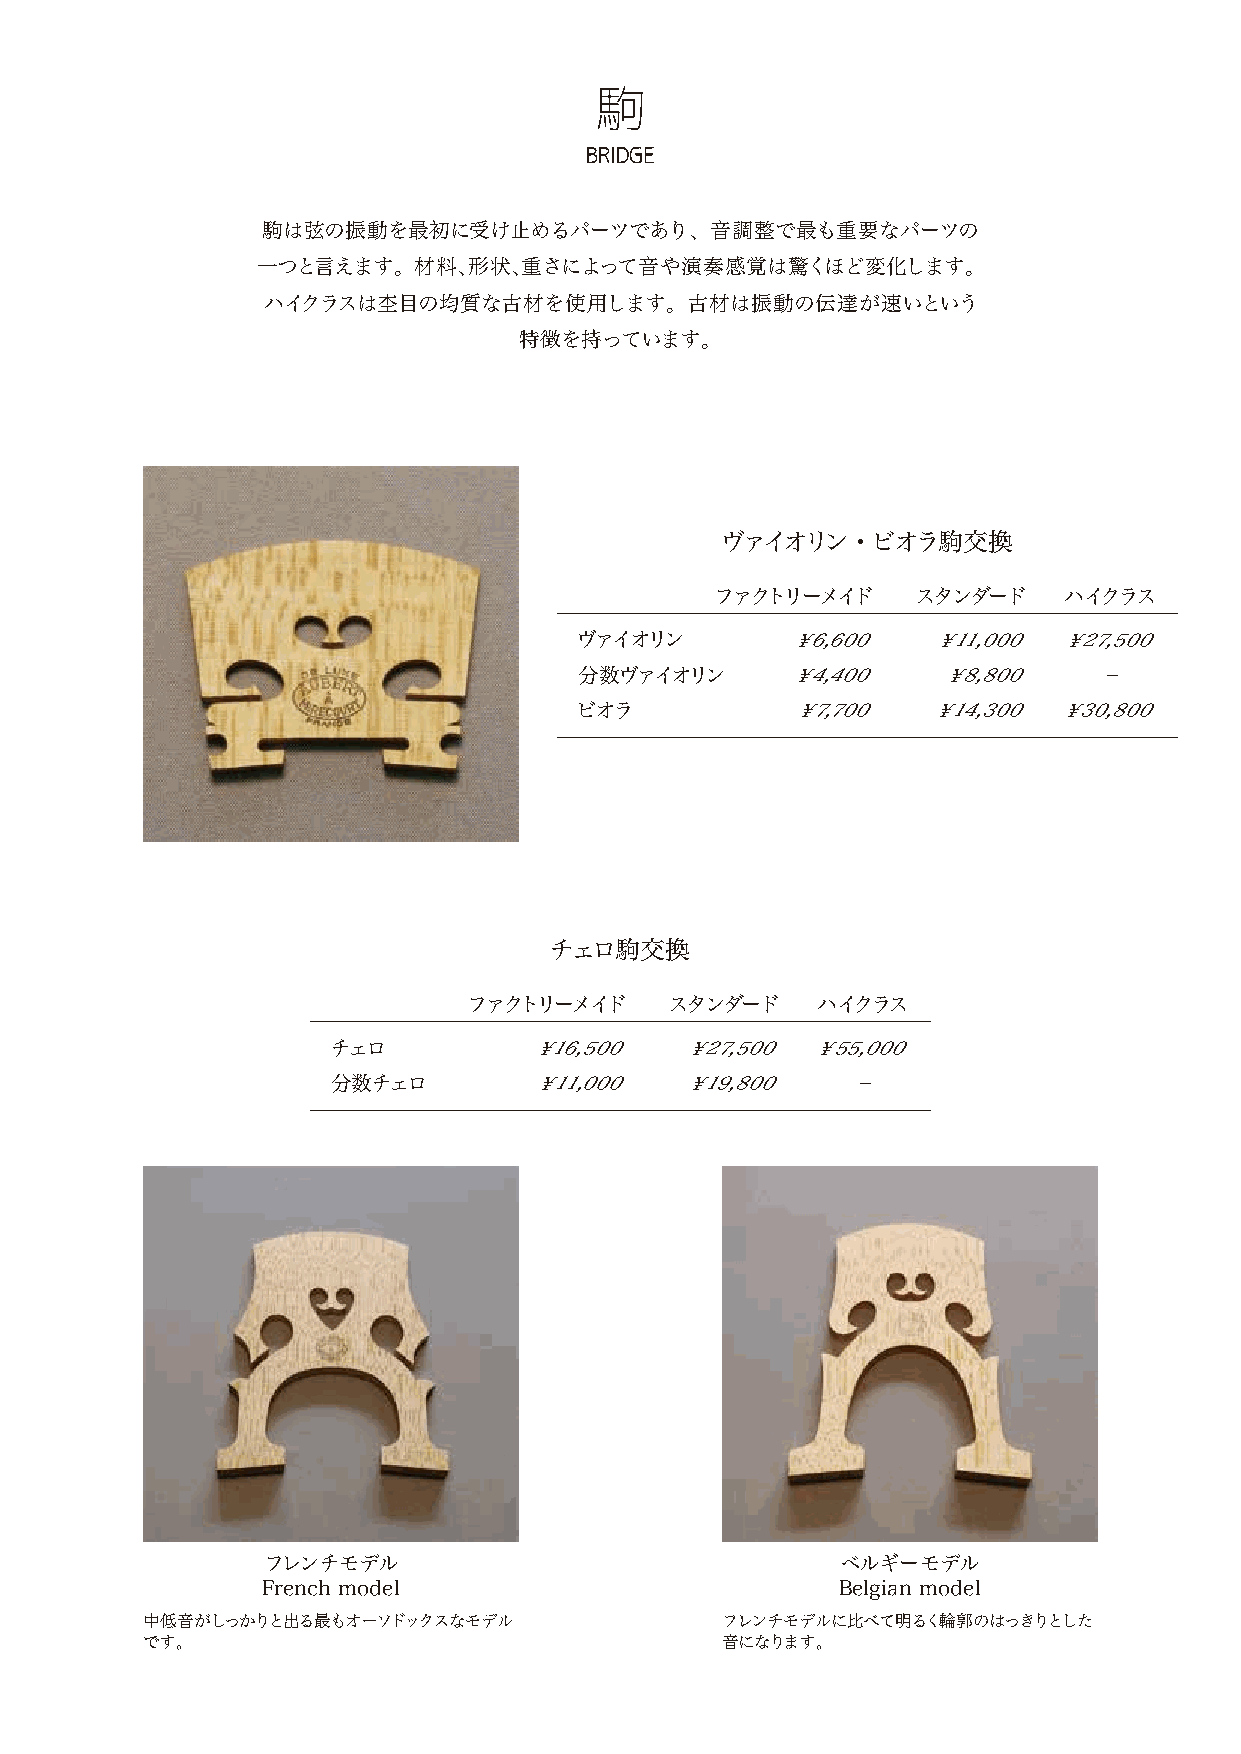
駒
 BRIDGE
 駒は弦の振動を最初に受け止めるパーツであり、音調整で最も重要なパーツの
 一つと言えます。材料、形状、重さによって音や演奏感覚は驚くほど変化します。
 ハイクラスは杢目の均質な古材を使用します。古材は振動の伝達が速いという
 特徴を持っています。
 ヴァイオリン・ビオラ駒交換
 ファクトリーメイド     スタンダード   ハイクラス
 ヴァイオリン        ￥6,600    ￥11,000 ￥27,500
 分数ヴァイオリン      ￥4,400    ￥8,800     −
 ビオラ           ￥7,700   ￥14,300  ￥30,800
 チェロ駒交換
 ファクトリーメイド    スタンダード    ハイクラス
 チェロ          ￥16,500   ￥27,500  ￥55,000
 分数チェロ        ￥11,000   ￥19,800    −
 フレンチモデル                                ベルギーモデル
 French model                           Belgian model
 中低音がしっかりと出る最もオーソドックスなモデル               フレンチモデルに比べて明るく輪郭のはっきりとした
 です。                                    音になります。